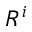
R ^ { i }